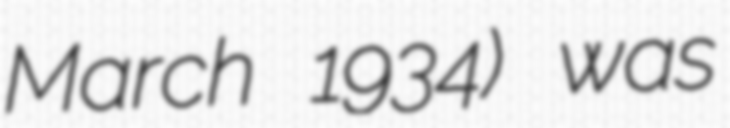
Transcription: March 1934) was